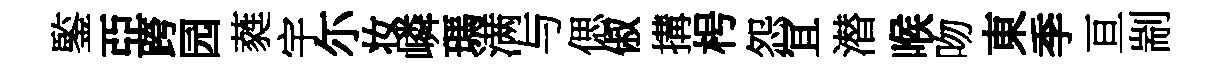
鍳亞跨园蕤宇尓妆嶙瑪满与偲俶搆枵怨冝潜喉吻東季亘剬